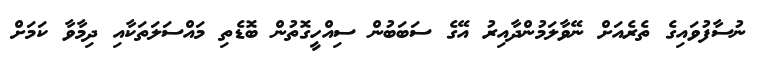
ނުސާފުވައިގެ ތެރެއަށް ނޭވާލަމުންދާއިރު އޭގެ ސަބަބުން ސިއްހީގޮތުން ބޮޑެތި މައްސަލަތަކާއި ދިމާވާ ކަމަށް